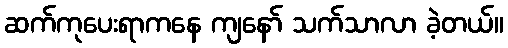
ဆက်ကုပေးရာကနေ ကျနော် သက်သာလာ ခဲ့တယ်။